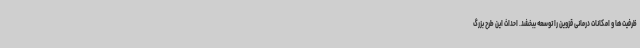
ظرفیت‌ها و امکانات درمانی قزوین را توسعه ببخشد. احداث این طرح بزرگ